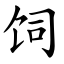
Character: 饲